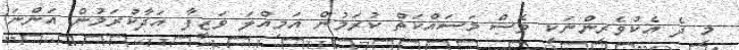
މި ދެ އެކުވެރިންނަކީ ވެސް މަސައްކަތް ކުރަމުން އަމިއްލަ ވަޒީފާ އަދާކުރަމުން އަންނަ